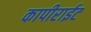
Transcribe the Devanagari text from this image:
कापीराईट